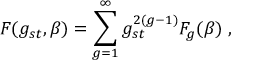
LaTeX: F ( g _ { s t } , \beta ) = \sum _ { g = 1 } ^ { \infty } g _ { s t } ^ { 2 ( g - 1 ) } F _ { g } ( \beta ) \; ,